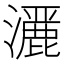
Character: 𤂢